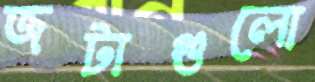
জটাগুলো